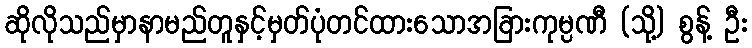
ဆိုလိုသည်မှာနာမည်တူနှင့်မှတ်ပုံတင်ထားသောအခြားကုမ္ပဏီ (သို့) စွန့် ဦး